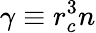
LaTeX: \gamma\equiv r_{c}^{3}n